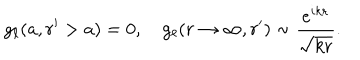
g _ { \ell } ( a , r ^ { \prime } > a ) = 0 , \quad g _ { \ell } ( r \rightarrow \infty , r ^ { \prime } ) \sim \frac { e ^ { i k r } } { \sqrt { k r } } .